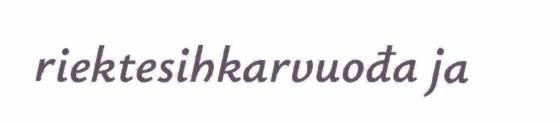
riektesihkarvuođa ja